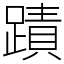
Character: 蹟